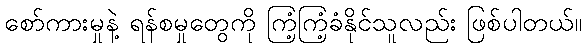
စော်ကားမှုနဲ့ ရန်စမှုတွေကို ကြံ့ကြံ့ခံနိုင်သူလည်း ဖြစ်ပါတယ်။